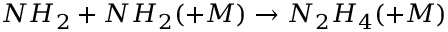
N H _ { 2 } + N H _ { 2 } ( + M ) \rightarrow N _ { 2 } H _ { 4 } ( + M )